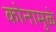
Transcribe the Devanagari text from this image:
कोनामुळे